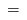
LaTeX: \begin{align*}=\end{align*}